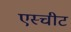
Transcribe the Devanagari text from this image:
एस्चीट